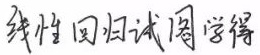
线性回归试图学得